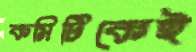
কমিটিকেই